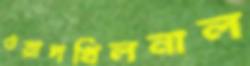
ওয়াদখিলনাল